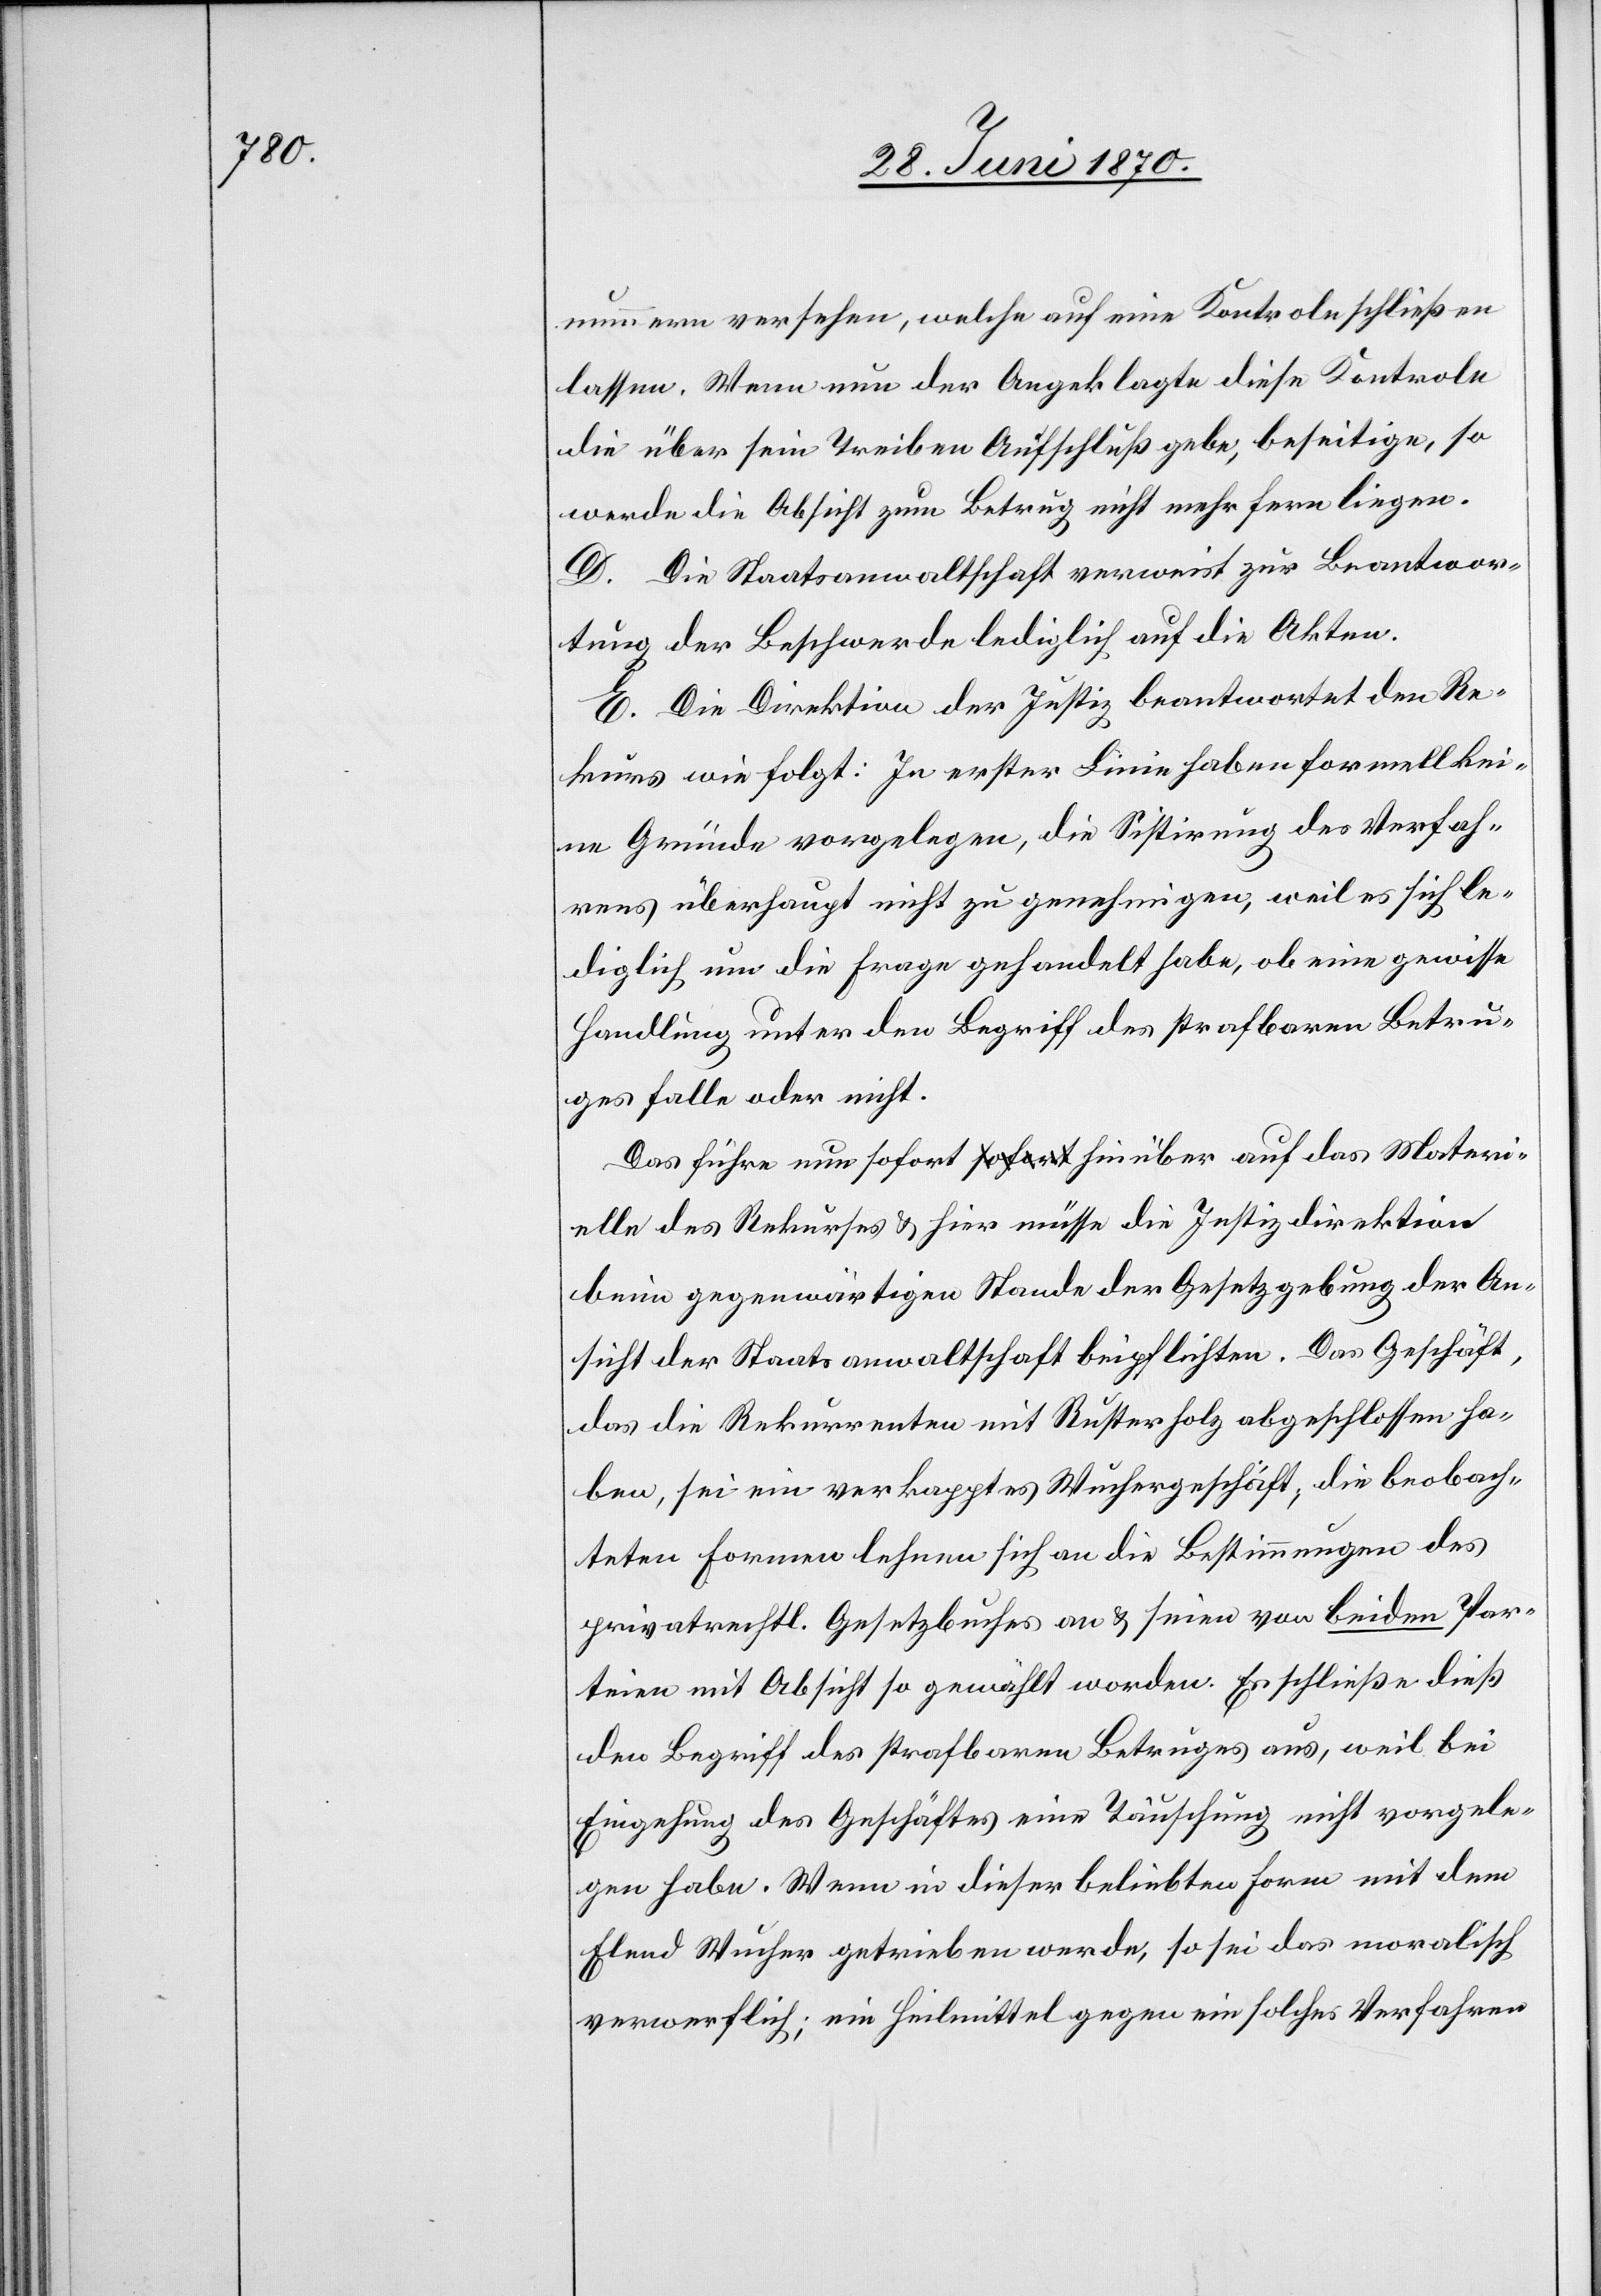
nummern versehen, welche auf eine Kontrole schließen
lassen. Wenn nun der Angeklagte diese Kontrole
die über sein Treiben Aufschluß gebe, beseitige, so
werde die Absicht zum Betrug nicht mehr fern liegen.
D. Die Staatsanwaltschaft verweist zur Beantwor¬
tung der Beschwerde lediglich auf die Akten.
E. Die Direktion der Justiz beantwortet den Re¬
kurs wie folgt: In erster Linie haben formell kei¬
ne Gründe vorgelegen, die Sistirung des Verfah¬
rens überhaupt nicht zu genehmigen; weil es sich le¬
diglich um die Frage gehandelt habe, ob eine gewisse
Handlung unter den Begriff des strafbaren Betru¬
ges falle oder nicht.
Das führe nun sofort hinüber auf das Materi¬
elle des Rekurses & hier müsse die Justizdirektion
beim gegenwärtigen Stande der Gesetzgebung der An¬
sicht der Staatsanwaltschaft beipflichten. Das Geschäft,
das die Rekurrenten mit Rusterholz abgeschlossen ha¬
ben, sei ein verkapptes Wuchergeschäft, die beobach¬
teten Formen lehnen sich an die Bestimmungen des
privatrechtl. Gesetzbuches an & seien von beiden Par¬
teien mit Absicht so gewählt worden. Es schließe dieß
den Begriff des strafbaren Betruges aus, weil bei
Eingehung des Geschäftes eine Täuschung nicht vorgele¬
gen habe. Wenn in dieser beliebten Form mit dem
Elend Wucher getrieben werde, so sei das moralische
verwerflich; ein Heilmittel gegen ein solches Verfahren